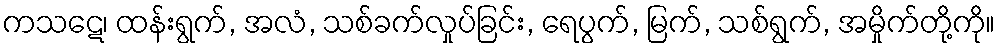
ကသဋေ၊ ထန်းရွက်, အလံ, သစ်ခက်လှုပ်ခြင်း, ရေပွက်, မြက်, သစ်ရွက်, အမှိုက်တို့ကို။